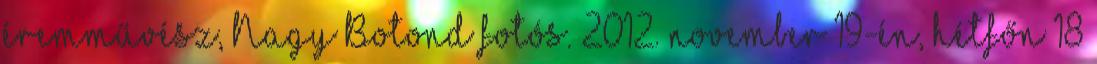
éremművész, Nagy Botond fotós. 2012. november 19-én, hétfőn 18